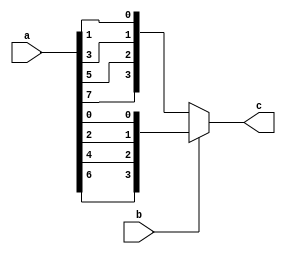
module oddeven(a,b,c);

input wire [7:0] a;
input wire b;
output wire [3:0] c;

assign c = (b==1'b1) ? {a[6],a[4],a[2],a[0]} : {a[7],a[5],a[3],a[1]};

endmodule